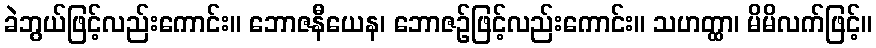
ခဲဘွယ်ဖြင့်လည်းကောင်း။ ဘောဇနီယေန၊ ဘောဇဉ်ဖြင့်လည်းကောင်း။ သဟတ္ထာ၊ မိမိလက်ဖြင့်။